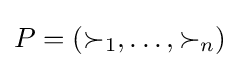
P=(\succ _{1},\dots ,\succ _{n})